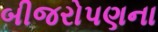
બીજરોપણના